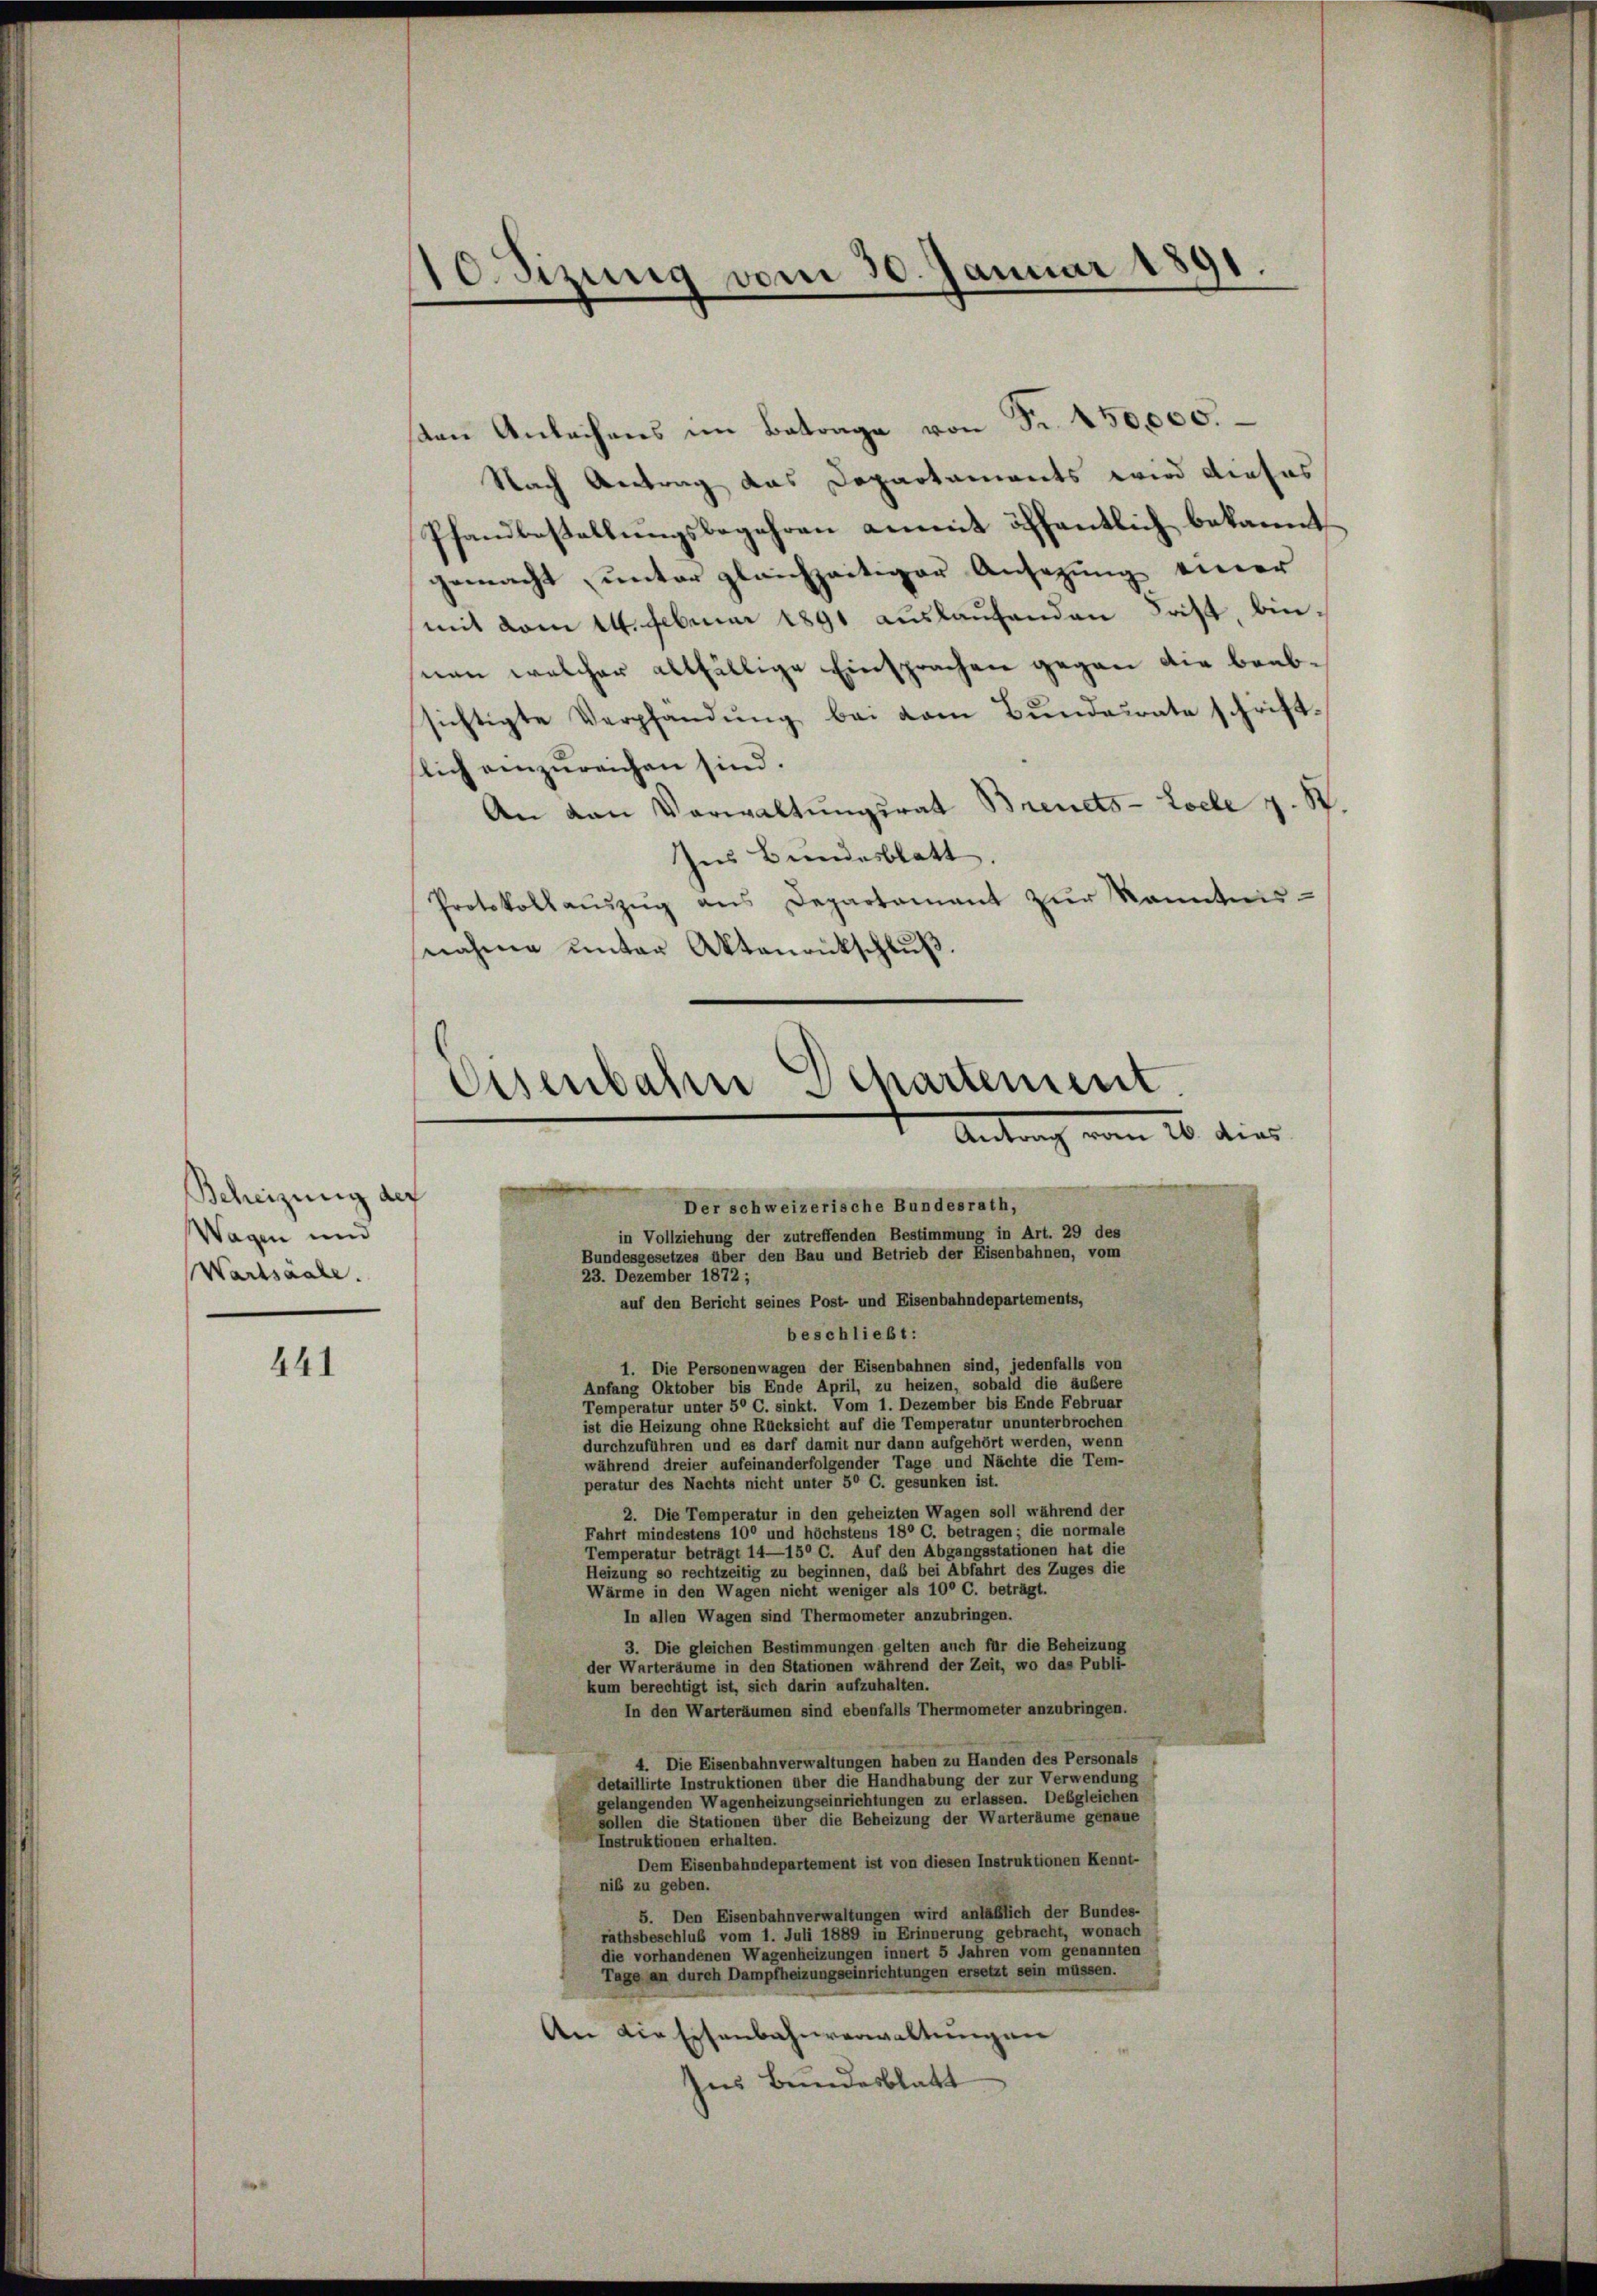
Beheizung der
Wagen und
Wartsaale.

441

Otzung vom 30. Januar 1891.

sten Anlachens im Betrage von Fr. 150,000.
Nach Antrag das Departaments wird dieses
Pfandbestellungsbegehren amit öffentlich bekannt
gemacht, unter gleichzeitiger Ansezung einer
mit vom 14. Februar 1891 auslaufenden Frist, binnan welcher allfällige Einsprachen gegen die beabsichtigte Verpfändung bei vom Bundesrate schriftslich einzureichen sind.
An van Verwaltungsrat Brenets-Loele z. S.
Ins Bundesblatt.
Protokollaŭszŭg ans Departement zŭr Kenntnis-
nahme unter Aktenrückschluß.
Bundesgesetzes über den Bau und Betrieb der Eisenbahnen, vom
23. Dezember 1872;
auf den Bericht seines Post- und Eisenbahndepartements,
beschließt:
1. Die Personenwagen der Eisenbahnen sind, jedenfalls von
Anfang Oktober bis Ende April, zu heizen, sobald die äußere
Temperatur unter 5° C. sinkt. Vom 1. Dezember bis Ende Februar
ist die Heizung ohne Rücksicht auf die Temperatur ununterbrochen
durchzuführen und es darf damit nur dann aufgehört werden, wenn
während dreier aufeinanderfolgender Tage und Nächte die Tem-
peratur des Nachts nicht unter 5° C. gesunken ist.
2. Die Temperatur in den geheizten Wagen soll während der
Fahrt mindestens 100 und höchstens 18° C. betragen; die normale
Temperatur beträgt 14—15° C. Auf den Abgangsstationen hat die
Heizung so rechtzeitig zu beginnen, daß bei Abfahrt des Zuges die
Wärme in den Wagen nicht weniger als 10° C. beträgt.
In allen Wagen sind Thermometer anzubringen.
3. Die gleichen Bestimmungen gelten auch für die Beheizung
der Warteräume in den Stationen während der Zeit, wo das Publi-
kum berechtigt ist, sich darin aufzuhalten.
In den Warteräumen sind ebenfalls Thermometer anzubringen.
4. Die Eisenbahnverwaltungen haben zu Handen des Personals
detaillirte Instruktionen über die Handhabung der zur Verwendung
gelangenden Wagenheizungseinrichtungen zu erlassen. Desgleichen
sollen die Stationen über die Beheizung der Warteräume genaue
Instruktionen erhalten.
Dem Eisenbahndepartement ist von diesen Instruktionen Kennt-
niß zu geben.
5. Den Eisenbahnverwaltungen wird anläßlich der Bundes-
rathsbeschluß vom 1. Juli 1889 in Erinnerung gebracht, wonach
die vorhandenen Wagenheizungen innert 5 Jahren vom genannten
Tage an durch Dampfheizungseinrichtungen ersetzt sein müssen.
An die Eisenbahnverwaltungen
Ins Bundesblatt

Eisenbahre Departement.
Antrag vom 20. dies
Der schweizerische Bundesrath,
in Vollziehung der zutreffenden Bestimmung in Art. 29 des